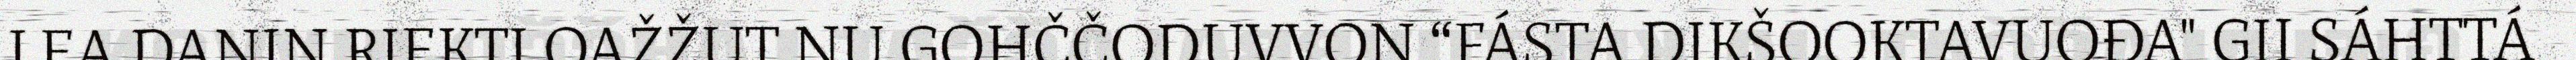
LEA DANIN RIEKTI OAŽŽUT NU GOHČČODUVVON “FÁSTA DIKŠOOKTAVUOĐA" GII SÁHTTÁ